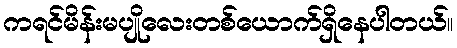
ကရင်မိန်းမပျိုလေးတစ်ယောက်ရှိနေပါတယ်။